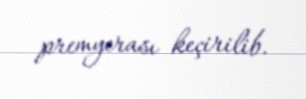
premyerası keçirilib.